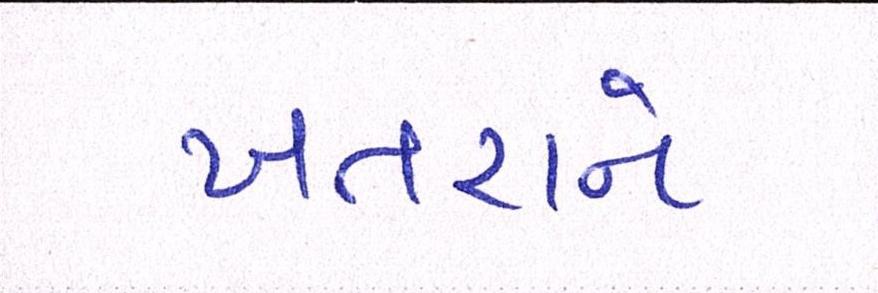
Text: ખતરાને